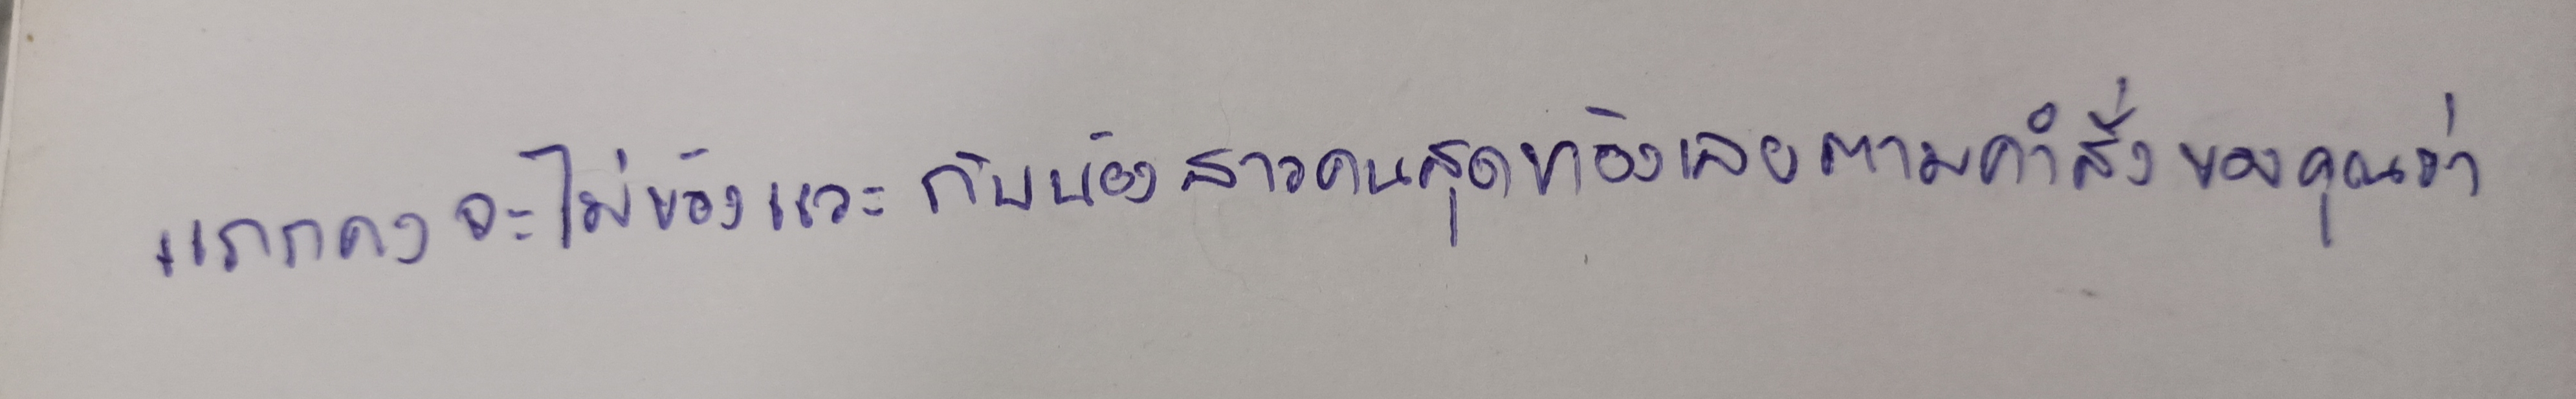
"โธ่...โมกพูดกับพ่อเดี๋ยวเดียวก็เข้าไปที่ปราสาทหินนั่นได้สบายมากแล้ว